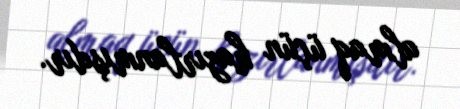
almaq üçün hazırlanmışdır.